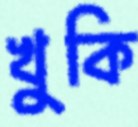
খুকি